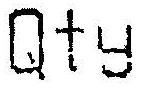
QTY